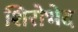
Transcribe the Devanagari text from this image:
शिरोभेद